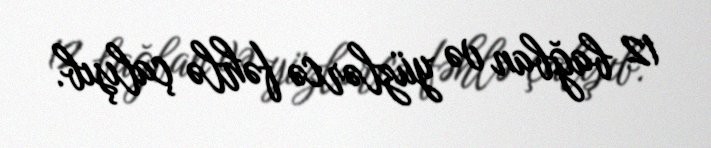
12 bağban və yüzlərcə fəhlə çalışıb.